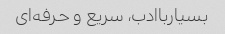
بسیارباادب، سریع و حرفه‌ای